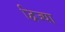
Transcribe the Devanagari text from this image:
द्विज्या